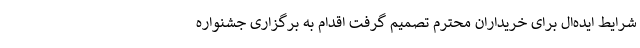
شرایط ایده‌ال برای خریداران محترم تصمیم گرفت اقدام به برگزاری جشنواره